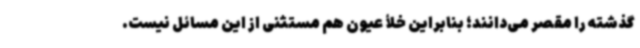
گذشته را مقصر می‌دانند؛ بنابراین خلأ عیون هم مستثنی از این مسائل نیست.